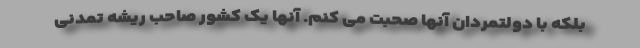
بلکه با دولتمردان آنها صحبت می کنم. آنها یک کشور صاحب ریشه تمدنی